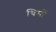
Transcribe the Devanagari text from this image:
थिमों